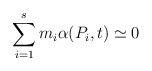
LaTeX: \begin{align*}\sum_{ i = 1 }^s m_i \alpha( P_i, t ) \simeq 0\end{align*}